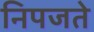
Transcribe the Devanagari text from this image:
निपजते